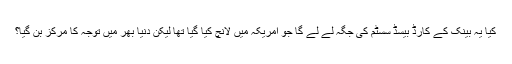
کیا یہ بینک کے کارڈ بیسڈ سسٹم کی جگہ لے لے گا جو امریکہ میں لانچ کیا گیا تھا لیکن دنیا بھر میں توجہ کا مرکز بن گیا؟